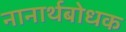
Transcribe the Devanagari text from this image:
नानार्थबोधक